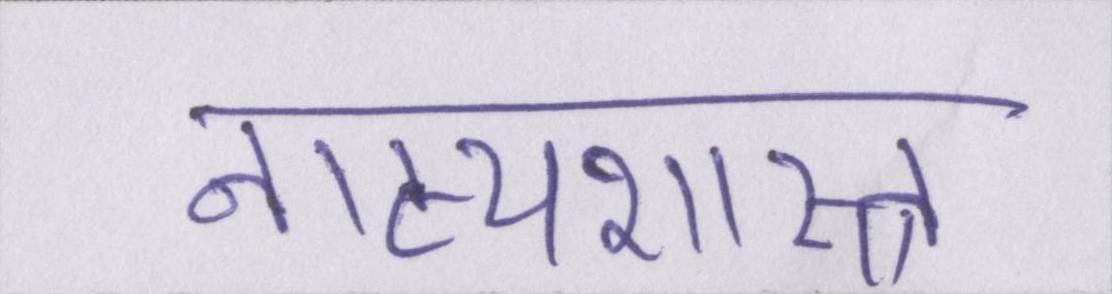
नाट्यशास्त्र